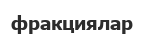
фракциялар